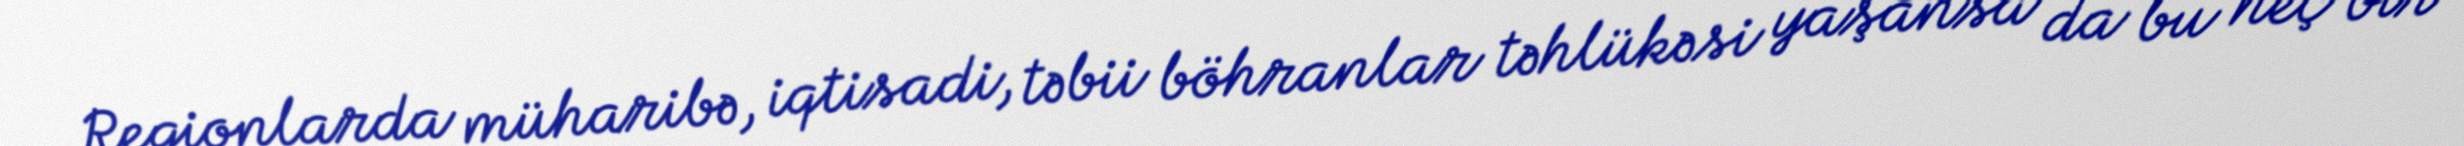
Regionlarda müharibə, iqtisadi, təbii böhranlar təhlükəsi yaşansa da bu heç bir